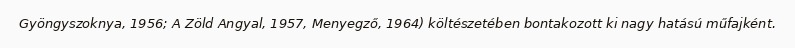
Gyöngyszoknya, 1956; A Zöld Angyal, 1957, Menyegző, 1964) költészetében bontakozott ki nagy hatású műfajként.